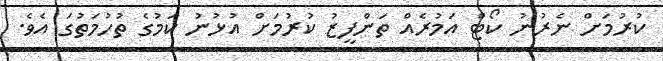
ކުރުމަށް ނެރުނު ކޯޓް އަމުރެއް ތަންފީޒު ކުރުމަށް އުޅުނު ކަމުގެ ތުހުމަތުގަ އެވެ.